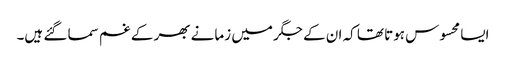
ایسا محسوس ہوتا تھا کہ ان کے جگر میں زمانے بھر کے غم سما گئے ہیں۔